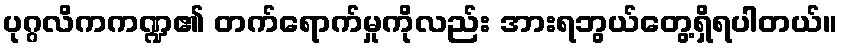
ပုဂ္ဂလိကကဏ္ဍ၏ တက်ရောက်မှုကိုလည်း အားရဘွယ်တွေ့ရှိရပါတယ်။